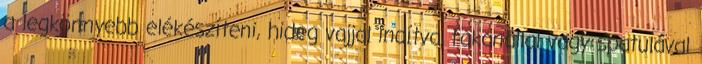
a legkönnyebb elékészíteni, hideg vajjal indítva, fakanállal vagy spatulával